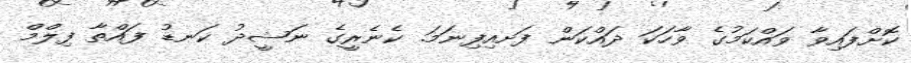
ކޮށްފައިވާ ވައްކަމުގެ ވާހަކަ ދައްކަން ފަށއިފިނަމަ. ކެނެރީގެ ނަޝީދު ކަނޑު ފައްތާ ފިލްމް